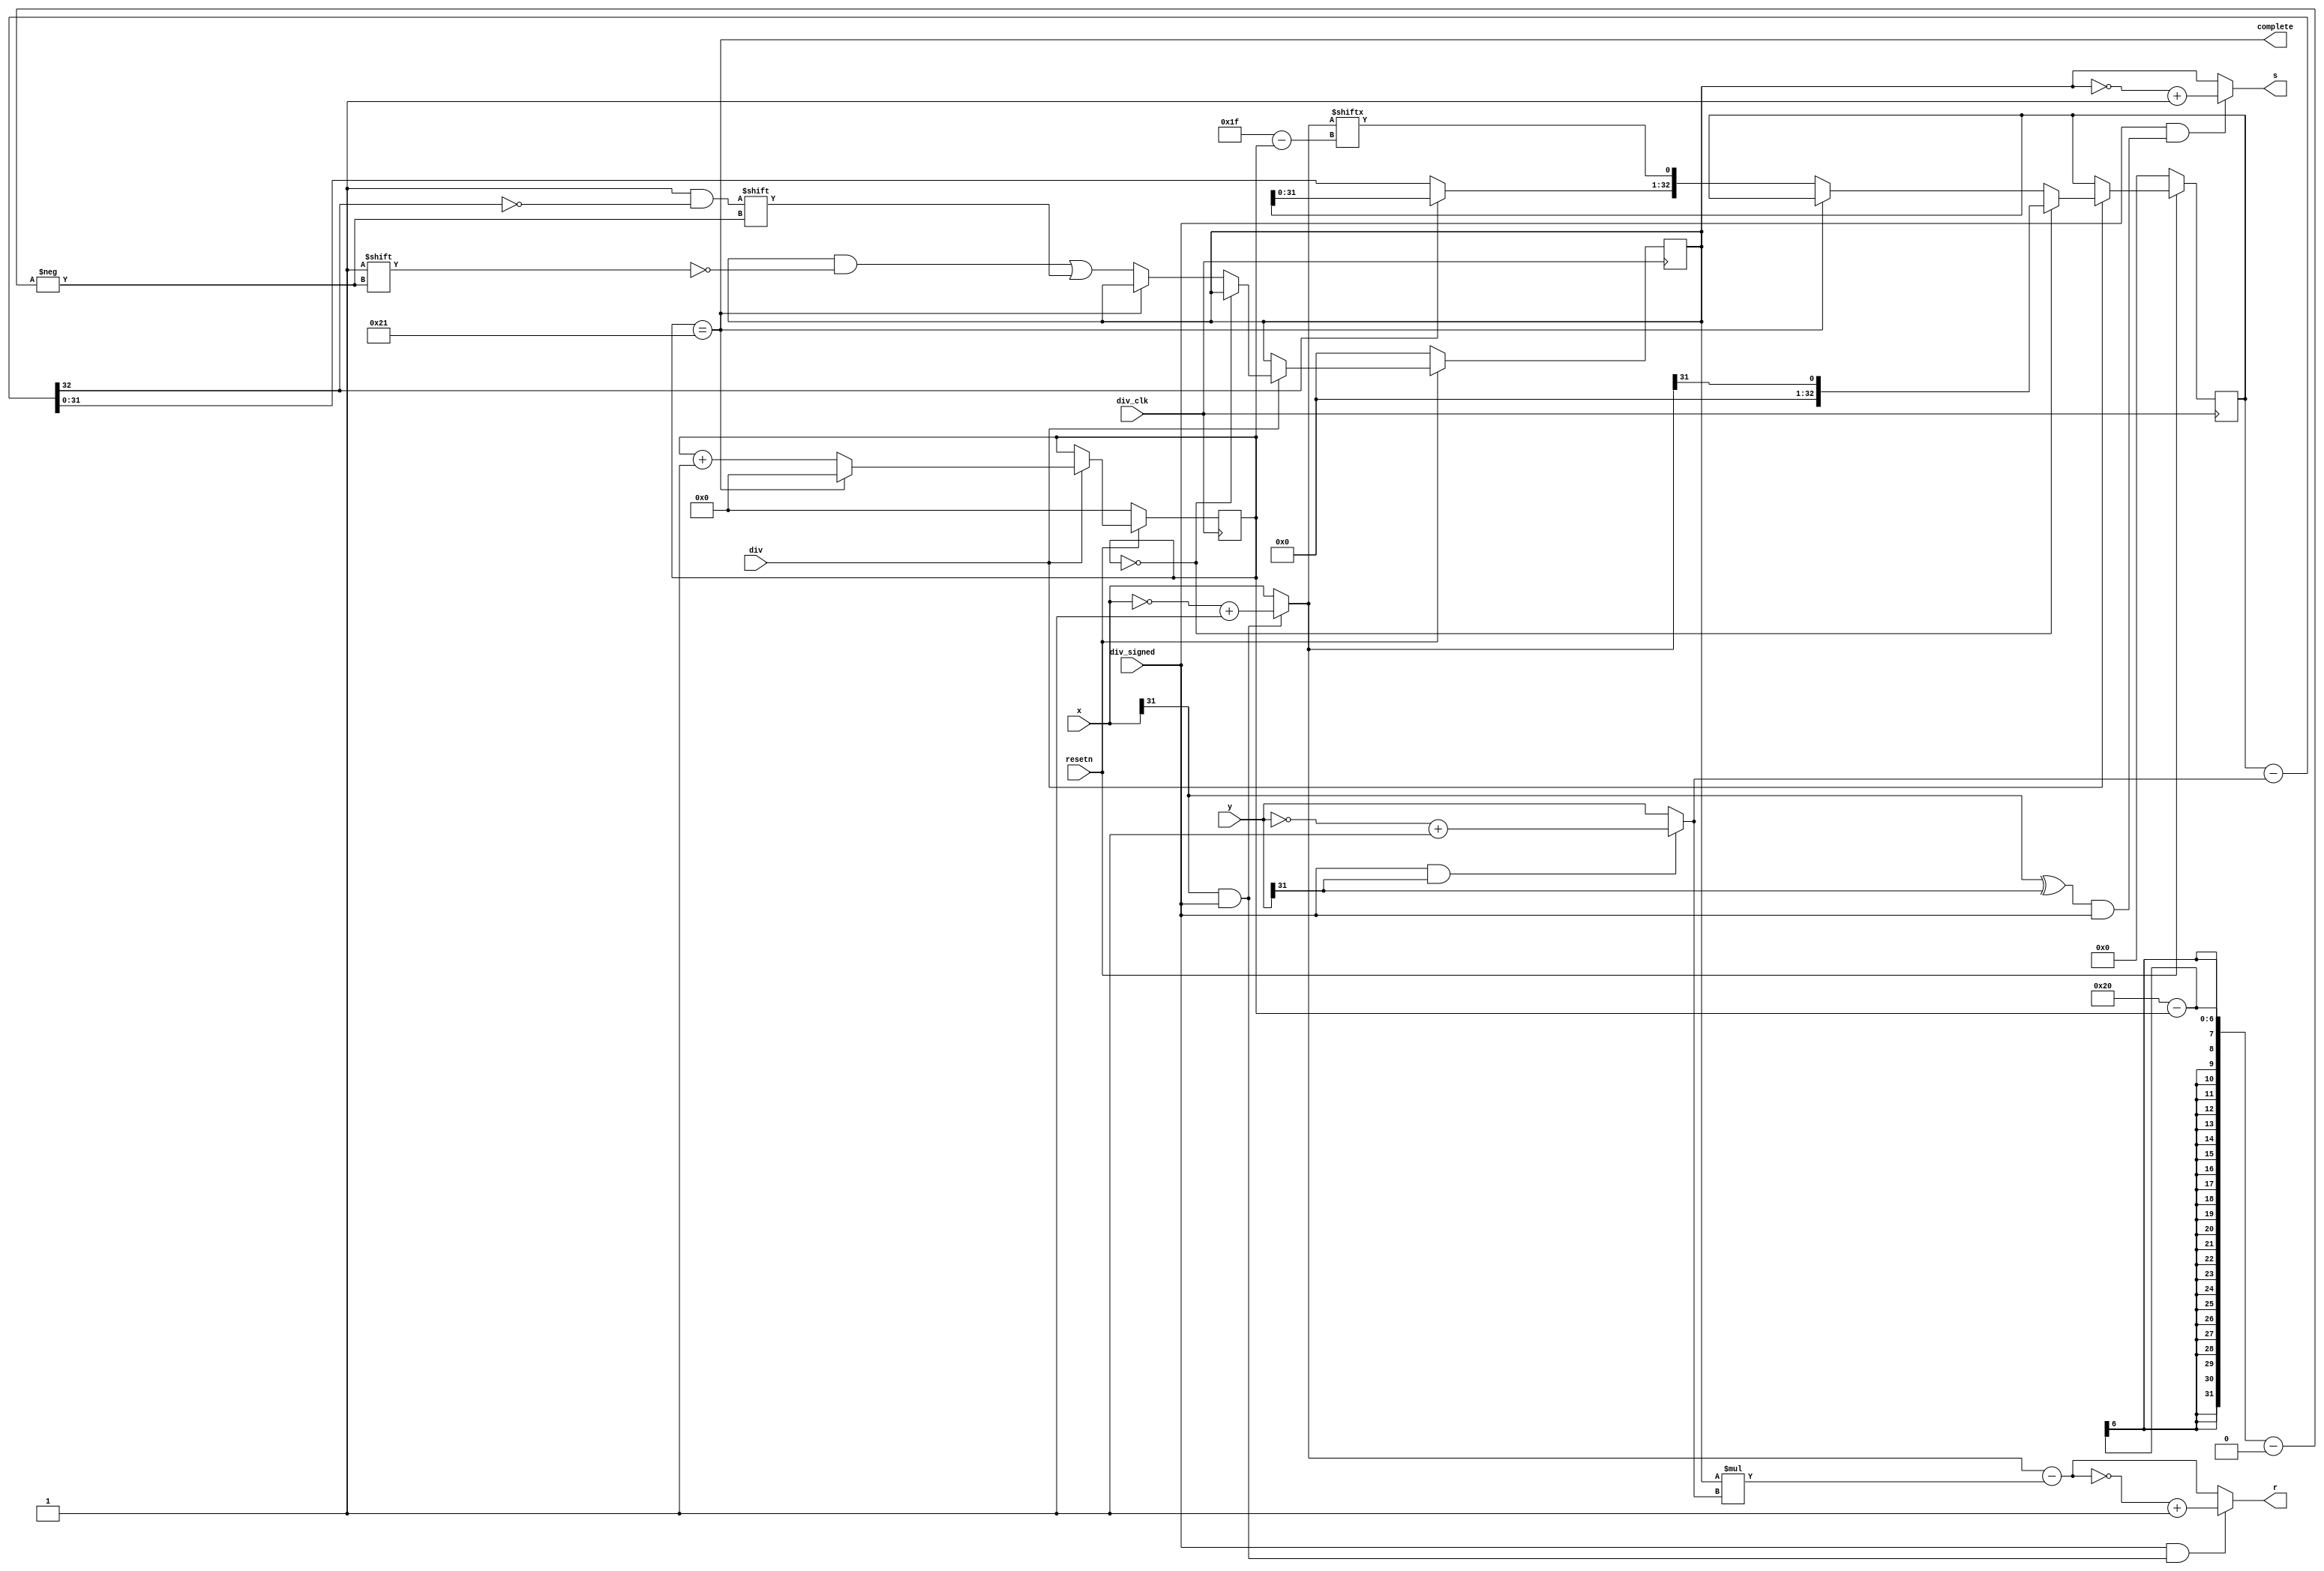
module Div(
    /*
    32
    
    div_clk: 
    resetn: ()
    div: 
    div_signed: 
    x: 
    y: 
    s: 
    r: 
    complete: 
    */
    input  wire        div_clk,
    input  wire        resetn,
    input  wire        div,
    input  wire        div_signed,
    input  wire [31:0] x,
    input  wire [31:0] y,
    output wire  [31:0] s,
    output wire  [31:0] r,
    output wire         complete
  );

  reg [5:0] count = 0;
  wire sign_r;
  wire sign_s;
  wire [31:0] abs_x;
  wire [31:0] abs_y;

  reg [32:0] temp_x;
  wire [32:0] temp_y;
  reg [31:0] temp_s = 0;
  wire [31:0] temp_r;

  // 
  assign complete = (count == 33);

  // 1.,
  assign sign_r = x[31] & div_signed;
  assign sign_s = (x[31] ^ y[31]) & div_signed;
  assign abs_x = (div_signed & x[31]) ? (~x + 1'b1) : x;
  assign abs_y = (div_signed & y[31]) ? (~y + 1'b1) : y;

  // 2.

  // count, temp_y
  assign temp_y = {1'b0, abs_y};
  always @(posedge div_clk)
  begin
    if (!resetn)
    begin
      count <= 0;
    end
    else if (div)
    begin
      if (complete)
      begin
        count <= 0;
      end
      else
      begin
        count <= count + 1;
      end
    end
  end

  // 
  wire [32:0] temp_result;
  assign temp_result = temp_x - temp_y;
  always @(posedge div_clk)
  if (!resetn)
  begin
    temp_s <= 0;
    temp_x <= 0;
  end
  else if (div)
  begin
    if(count == 0)
    begin
      temp_x <= {32'b0, abs_x[31]};
    end
    else if(!complete)
    begin
      temp_x <= {(~temp_result[32]) ? temp_result: temp_x, abs_x[31-count]};
      temp_s[32 - count] <= ~temp_result[32];
    end
  end

  // 
  assign temp_r = abs_x - temp_s * abs_y;

  // 3. 
  assign s = div_signed & sign_s ? (~temp_s + 1'b1) : temp_s;
  assign r = div_signed & sign_r ? (~temp_r + 1'b1) : temp_r;

endmodule